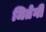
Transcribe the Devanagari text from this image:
जितेगी